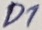
Text: D1